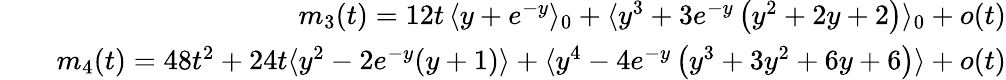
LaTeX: \begin{array}{rlr}&{}&{m_{3}(t)=12t\, \langle y+e^{-y}\rangle_{0}+\langle y^{3}+3e^{-y}\left(y^{2}+2y+2\right)\rangle_{0}+o(t)}\\ &{}&{m_{4}(t)=48t^{2}+24t\langle y^{2}-2e^{-y}(y+1)\rangle+\langle y^{4}-4e^{-y}\left(y^{3}+3y^{2}+6y+6\right)\rangle+o(t)}\end{array}